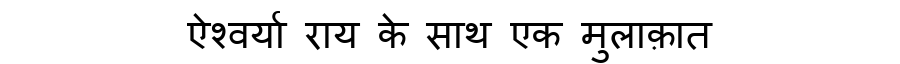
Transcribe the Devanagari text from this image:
ऐश्वर्या राय के साथ एक मुलाक़ात